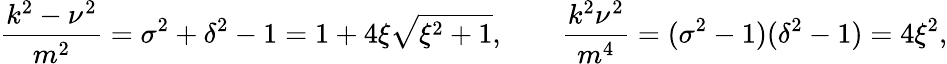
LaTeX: \frac{k^{2}-\nu^{2}}{m^{2}}=\sigma^{2}+\delta^{2}-1=1+4\xi\sqrt{\xi^{2}+1},\qquad\frac{k^{2}\nu^{2}}{m^{4}}=(\sigma^{2}-1)(\delta^{2}-1)=4\xi^{2},